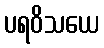
ပရဝိသယေ